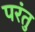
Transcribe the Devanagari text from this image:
परंतु